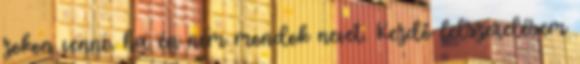
zokon venni, ha én nem mondok nevet. Kezdő felszerelésem